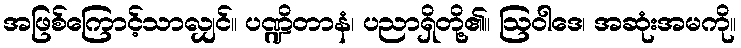
အဖြစ်ကြောင့်သာလျှင်။ ပဏ္ဍိတာနံ၊ ပညာရှိတို့၏။ ဩဝါဒေ၊ အဆုံးအမကို။